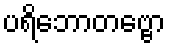
ပရိဘောတဗ္ဗော